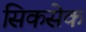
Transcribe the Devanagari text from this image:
सिकसेक